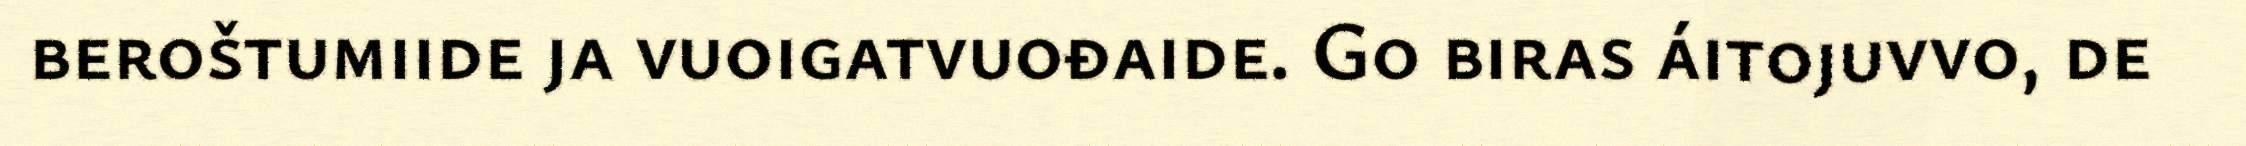
beroštumiide ja vuoigatvuođaide. Go biras áitojuvvo, de